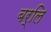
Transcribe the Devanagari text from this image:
बर्लि